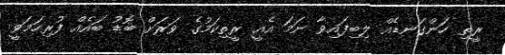
ރީތި ހަންގަނޑެއް ލިބިފައިވާ ނަމަ އެއީ ރީތިކަމުގެ ވަރަށް ބޮޑު ބައެއް ފުރިހަމަވީ